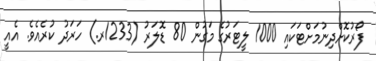
ފޯރުކޮށްދިނުމަށްޓަކައި 1000 ލީޓަރުގެ މަގުން 80 ޑޮލަރު (1233ރ.) ހަރަދު ކުރެއެވެ. އެއީ